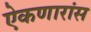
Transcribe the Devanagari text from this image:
ऐकणारांस